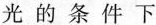
光的条件下